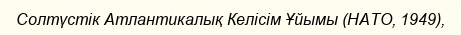
Солтүстік Атлантикалық Келісім Ұйымы (НАТО, 1949),